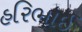
હરિભાઈ